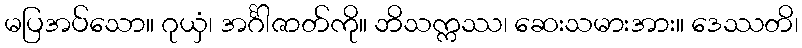
မပြအပ်သော။ ဂုယှံ၊ အင်္ဂါဇာတ်ကို။ ဘိသက္ကဿ၊ ဆေးသမားအား။ ဒေဿတိ၊